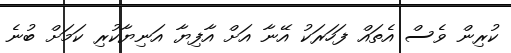
ކުރިން ވެސް އެތައް ފަހަރަކު އޭނާ އަށް އާފިޔާ އަނިޔާކުރި ކަމަށް ބުނެ